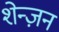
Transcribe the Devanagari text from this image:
शेन्ज़न